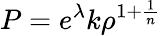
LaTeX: P=e^{\lambda}k\rho^{1+\frac{1}{n}}